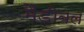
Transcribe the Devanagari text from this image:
मैंडीबल